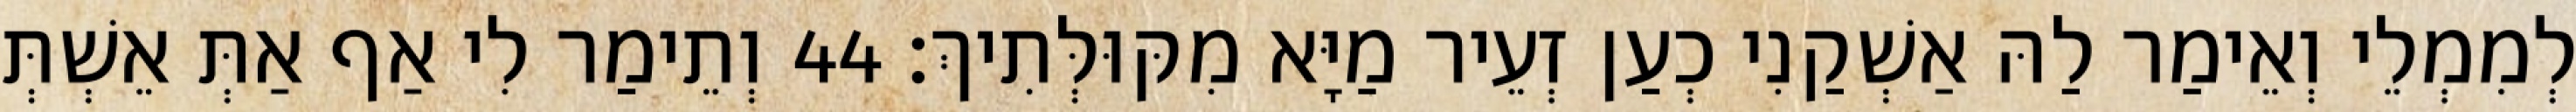
לְמִמְלֵי וְאֵימַר לַהּ אַשְׁקַנִי כְעַן זְעֵיר מַיָּא מִקּוּלְּתִיךְ׃ 44 וְתֵימַר לִי אַף אַתְּ אֵשְׁתְּ